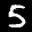
Label: 5